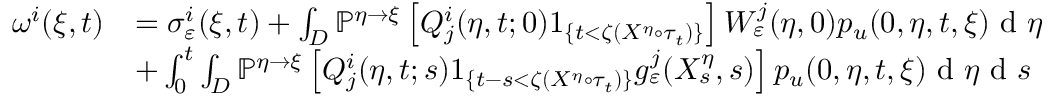
\begin{array} { r l } { \omega ^ { i } ( \xi , t ) } & { = \sigma _ { \varepsilon } ^ { i } ( \xi , t ) + \int _ { D } \mathbb { P } ^ { \eta \rightarrow \xi } \left[ Q _ { j } ^ { i } ( \eta , t ; 0 ) 1 _ { \{ t < \zeta ( X ^ { \eta } \circ \tau _ { t } ) \} } \right] W _ { \varepsilon } ^ { j } ( \eta , 0 ) p _ { u } ( 0 , \eta , t , \xi ) \textrm { d } \eta } \\ & { + \int _ { 0 } ^ { t } \int _ { D } \mathbb { P } ^ { \eta \rightarrow \xi } \left[ Q _ { j } ^ { i } ( \eta , t ; s ) 1 _ { \{ t - s < \zeta ( X ^ { \eta } \circ \tau _ { t } ) \} } g _ { \varepsilon } ^ { j } ( X _ { s } ^ { \eta } , s ) \right] p _ { u } ( 0 , \eta , t , \xi ) \textrm { d } \eta \textrm { d } s } \end{array}